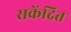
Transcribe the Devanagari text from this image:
सकेंद्रित